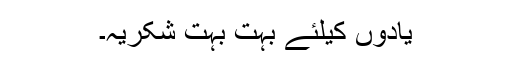
یادوں کیلئے بہت بہت شکریہ۔